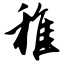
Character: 稚